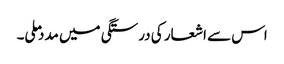
اس سے اشعار کی درستگی میں مدد ملی۔